Indian journal of veterinary science and animal husbandry - Volume 9,
Year: 1939
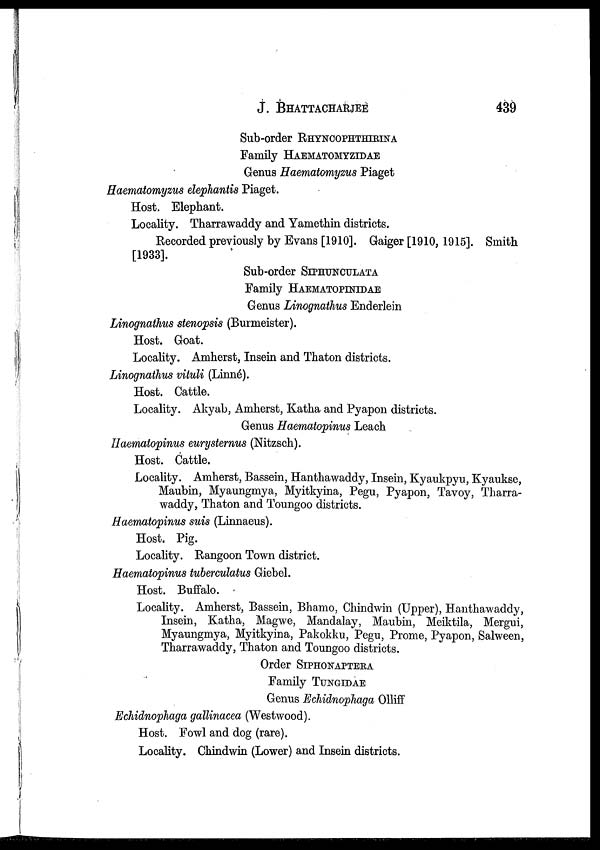
J.
BHATTACHARJEE
439
Sub-order RHYNCOPHTHIRINA
Family HAEMATOMYZIDAE
Genus Haematomyzus Piaget
Haematomyzus elephantis Piaget.
Host. Elephant.
Locality. Tharrawaddy and Yamethin districts.
Recorded previously by Evans [1910]. Gaiger [1910, 1915]. Smith
[1933].
Sub-order SIPHUNCULATA
Family HAEMATOPINIDAE
Genus Linognathus Enderlein
Linognathus stenopsis (Burmeister).
Host. Goat.
Locality. Amherst, Insein and Thaton districts.
Linognathus vituli (Linné).
Host. Cattle.
Locality. Akyab, Amherst, Katha and Pyapon districts.
Genus Haematopinus Leach
Haematopinus eurysternus (Nitzsch).
Host. Cattle.
Locality. Amherst, Bassein, Hanthawaddy, Insein, Kyaukpyu, Kyaukse,
Maubin, Myaungmya, Myitkyina, Pegu, Pyapon, Tavoy, Tharra-
waddy, Thaton and Toungoo districts.
Haematopinus suis (Linnaeus).
Host. Pig.
Locality. Rangoon Town district.
Haematopinus tuberculatus Giebel.
Host. Buffalo.
Locality. Amherst, Bassein, Bhamo, Chindwin (Upper), Hanthawaddy,
Insein, Katha, Magwe, Mandalay, Maubin, Meiktila, Mergui,
Myaungmya, Myitkyina, Pakokku, Pegu, Prome, Pyapon, Salween,
Tharrawaddy, Thaton and Toungoo districts.
Order SIPHONAPTERA
Family TUNGIDAE
Genus Echidnophaga Olliff
Echidnophaga gallinacea (Westwood).
Host. Fowl and dog (rare).
Locality. Chindwin (Lower) and Insein districts.